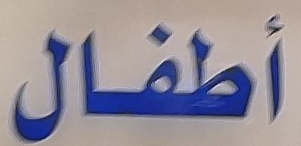
أطفال